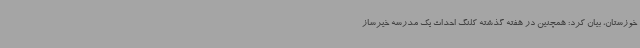
خوزستان، بیان کرد: همچنین در هفته گذشته کلنگ احداث یک مدرسه خیرساز